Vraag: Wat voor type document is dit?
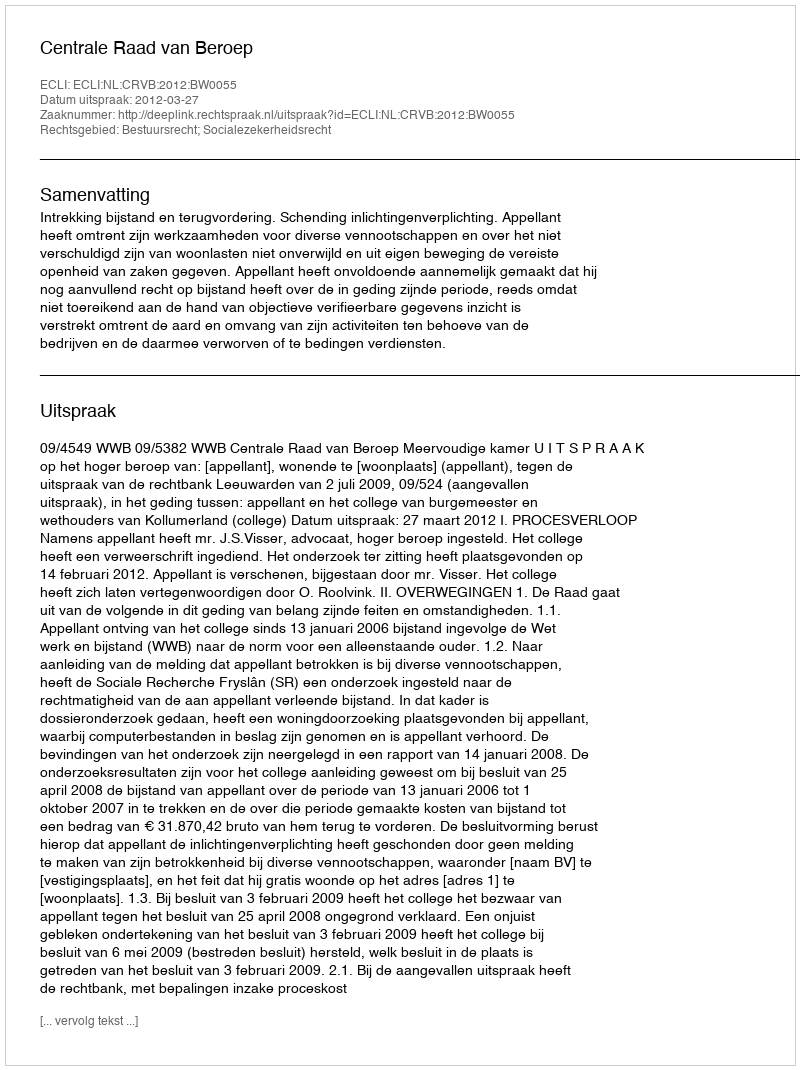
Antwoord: Uitspraak